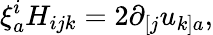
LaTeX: \xi_{a}^{i}H_{ijk}=2\partial_{[j}u_{k]a},